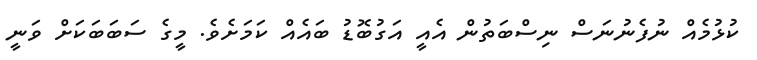
ކުޅުމެއް ނުފެނުނަސް ނިސްބަތުން އެއީ އަގުބޮޑު ބައެއް ކަމަށެވެ. މީގެ ސަބަބަކަށް ވަނީ